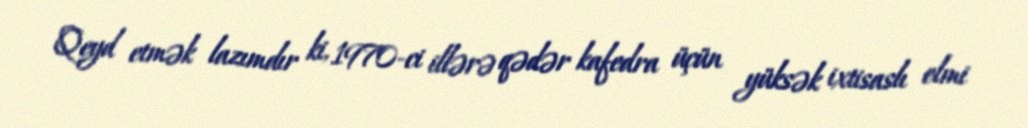
Qeyd etmək lazımdır ki, 1970-ci illərə qədər kafedra üçün yüksək ixtisaslı elmi